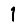
Digit: 1